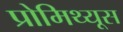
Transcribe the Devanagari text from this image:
प्रोमिथ्यूस